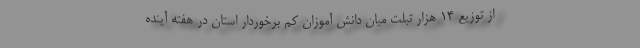
از توزیع ۱۴ هزار تبلت میان دانش آموزان کم برخوردار استان در هفته آینده